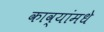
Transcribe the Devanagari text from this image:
काव्यांमधे